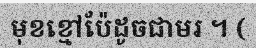
មុខខ្មៅប៉ែដូចជាមរ ។ (